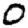
Digit: 0